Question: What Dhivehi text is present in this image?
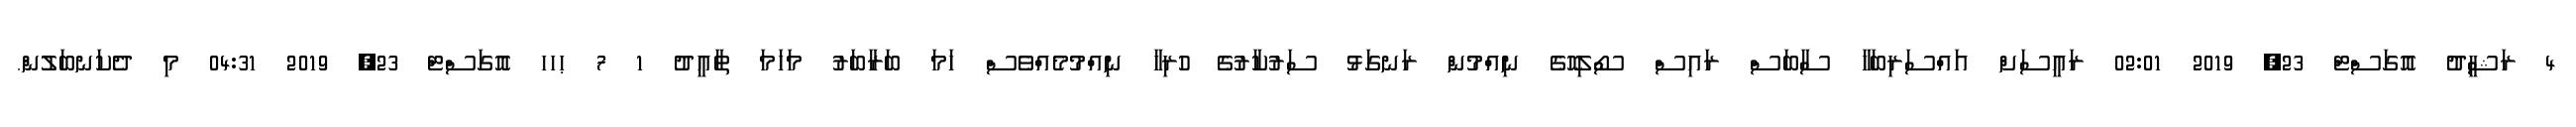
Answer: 4 ރަޝީދު އޮގަސްޓް 23, 2019 02:01 ރައީސަށް އައްސަރިބަހާ ސާބަސް ރައިސް ސޯލިހޮގެ ނިއްމުން ރަނގަޅު ސަރުކާރުގެ ހުރިހާ ނިއްމުމެއްވެސް ހަމަ ބަރާބަރު މަހަމަ ތާއީދު 1 7 ޙހހ އޮގަސްޓް 23, 2019 04:31 މި ދެކަނބަލުން.